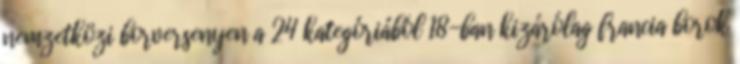
nemzetközi borversenyen a 24 kategóriából 18-ban kizárólag francia borok